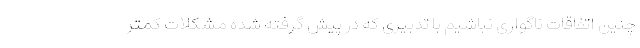
چنین اتفاقات ناگواری نباشیم با تدبیری که در پیش گرفته شده مشکلات کمتر